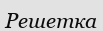
Решетка